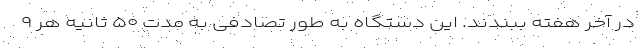
در آخر هفته ببندند. این دستگاه به طور تصادفی به مدت ۵۰ ثانیه هر ۹